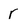
Character: r